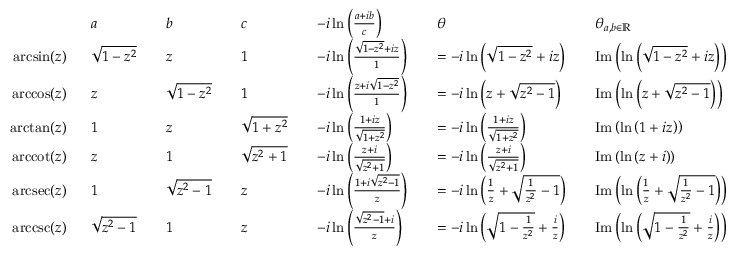
{ \begin{array} { r l r l r l r l r l r l } & { a } & & { b } & & { c } & & { - i \ln \left( { \frac { a + i b } { c } } \right) } & & { \theta } & & { \theta _ { a , b \in \mathbb { R } } } \\ { \arcsin ( z ) \ \ } & { { \sqrt { 1 - z ^ { 2 } } } } & & { z } & & { 1 } & & { - i \ln \left( { \frac { { \sqrt { 1 - z ^ { 2 } } } + i z } { 1 } } \right) } & & { = - i \ln \left( { \sqrt { 1 - z ^ { 2 } } } + i z \right) } & & { \operatorname { I m } \left( \ln \left( { \sqrt { 1 - z ^ { 2 } } } + i z \right) \right) } \\ { \operatorname { a r c c o s } ( z ) \ \ } & { z } & & { { \sqrt { 1 - z ^ { 2 } } } } & & { 1 } & & { - i \ln \left( { \frac { z + i { \sqrt { 1 - z ^ { 2 } } } } { 1 } } \right) } & & { = - i \ln \left( z + { \sqrt { z ^ { 2 } - 1 } } \right) } & & { \operatorname { I m } \left( \ln \left( z + { \sqrt { z ^ { 2 } - 1 } } \right) \right) } \\ { \arctan ( z ) \ \ } & { 1 } & & { z } & & { { \sqrt { 1 + z ^ { 2 } } } } & & { - i \ln \left( { \frac { 1 + i z } { \sqrt { 1 + z ^ { 2 } } } } \right) } & & { = - i \ln \left( { \frac { 1 + i z } { \sqrt { 1 + z ^ { 2 } } } } \right) } & & { \operatorname { I m } \left( \ln \left( 1 + i z \right) \right) } \\ { \operatorname { a r c c o t } ( z ) \ \ } & { z } & & { 1 } & & { { \sqrt { z ^ { 2 } + 1 } } } & & { - i \ln \left( { \frac { z + i } { \sqrt { z ^ { 2 } + 1 } } } \right) } & & { = - i \ln \left( { \frac { z + i } { \sqrt { z ^ { 2 } + 1 } } } \right) } & & { \operatorname { I m } \left( \ln \left( z + i \right) \right) } \\ { \operatorname { a r c s e c } ( z ) \ \ } & { 1 } & & { { \sqrt { z ^ { 2 } - 1 } } } & & { z } & & { - i \ln \left( { \frac { 1 + i { \sqrt { z ^ { 2 } - 1 } } } { z } } \right) } & & { = - i \ln \left( { \frac { 1 } { z } } + { \sqrt { { \frac { 1 } { z ^ { 2 } } } - 1 } } \right) } & & { \operatorname { I m } \left( \ln \left( { \frac { 1 } { z } } + { \sqrt { { \frac { 1 } { z ^ { 2 } } } - 1 } } \right) \right) } \\ { \operatorname { a r c c s c } ( z ) \ \ } & { { \sqrt { z ^ { 2 } - 1 } } } & & { 1 } & & { z } & & { - i \ln \left( { \frac { { \sqrt { z ^ { 2 } - 1 } } + i } { z } } \right) } & & { = - i \ln \left( { \sqrt { 1 - { \frac { 1 } { z ^ { 2 } } } } } + { \frac { i } { z } } \right) } & & { \operatorname { I m } \left( \ln \left( { \sqrt { 1 - { \frac { 1 } { z ^ { 2 } } } } } + { \frac { i } { z } } \right) \right) } \end{array} }